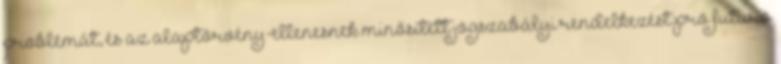
problémát, és az alaptörvény-ellenesnek minősített jogszabályi rendelkezést pro futuro